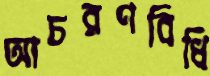
আচরণবিধি